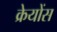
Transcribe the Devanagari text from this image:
क्रेयोंस